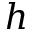
h